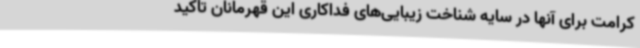
کرامت برای آنها در سایه شناخت زیبایی‌های فداکاری این قهرمانان تاکید